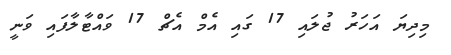
މިދިޔަ އަހަރު ޖުލައި 17 ގައި އެމް އެޗް 17 ވައްޓާލާފައި ވަނީ